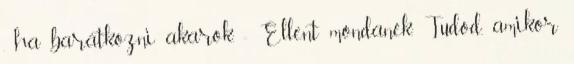
, ha barátkozni akarok. - Ellent mondanék. Tudod, amikor